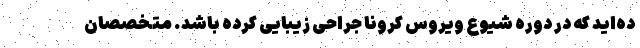
ده‌اید که در دوره شیوع ویروس کرونا جراحی زیبایی کرده باشد. متخصصان